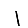
Digit: 1